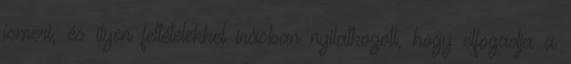
ismeri, és ilyen feltételekkel írásban nyilatkozott, hogy elfogadja a